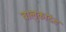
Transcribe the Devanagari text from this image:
बालुकादंड